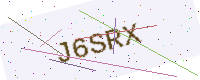
Text: J6SRX